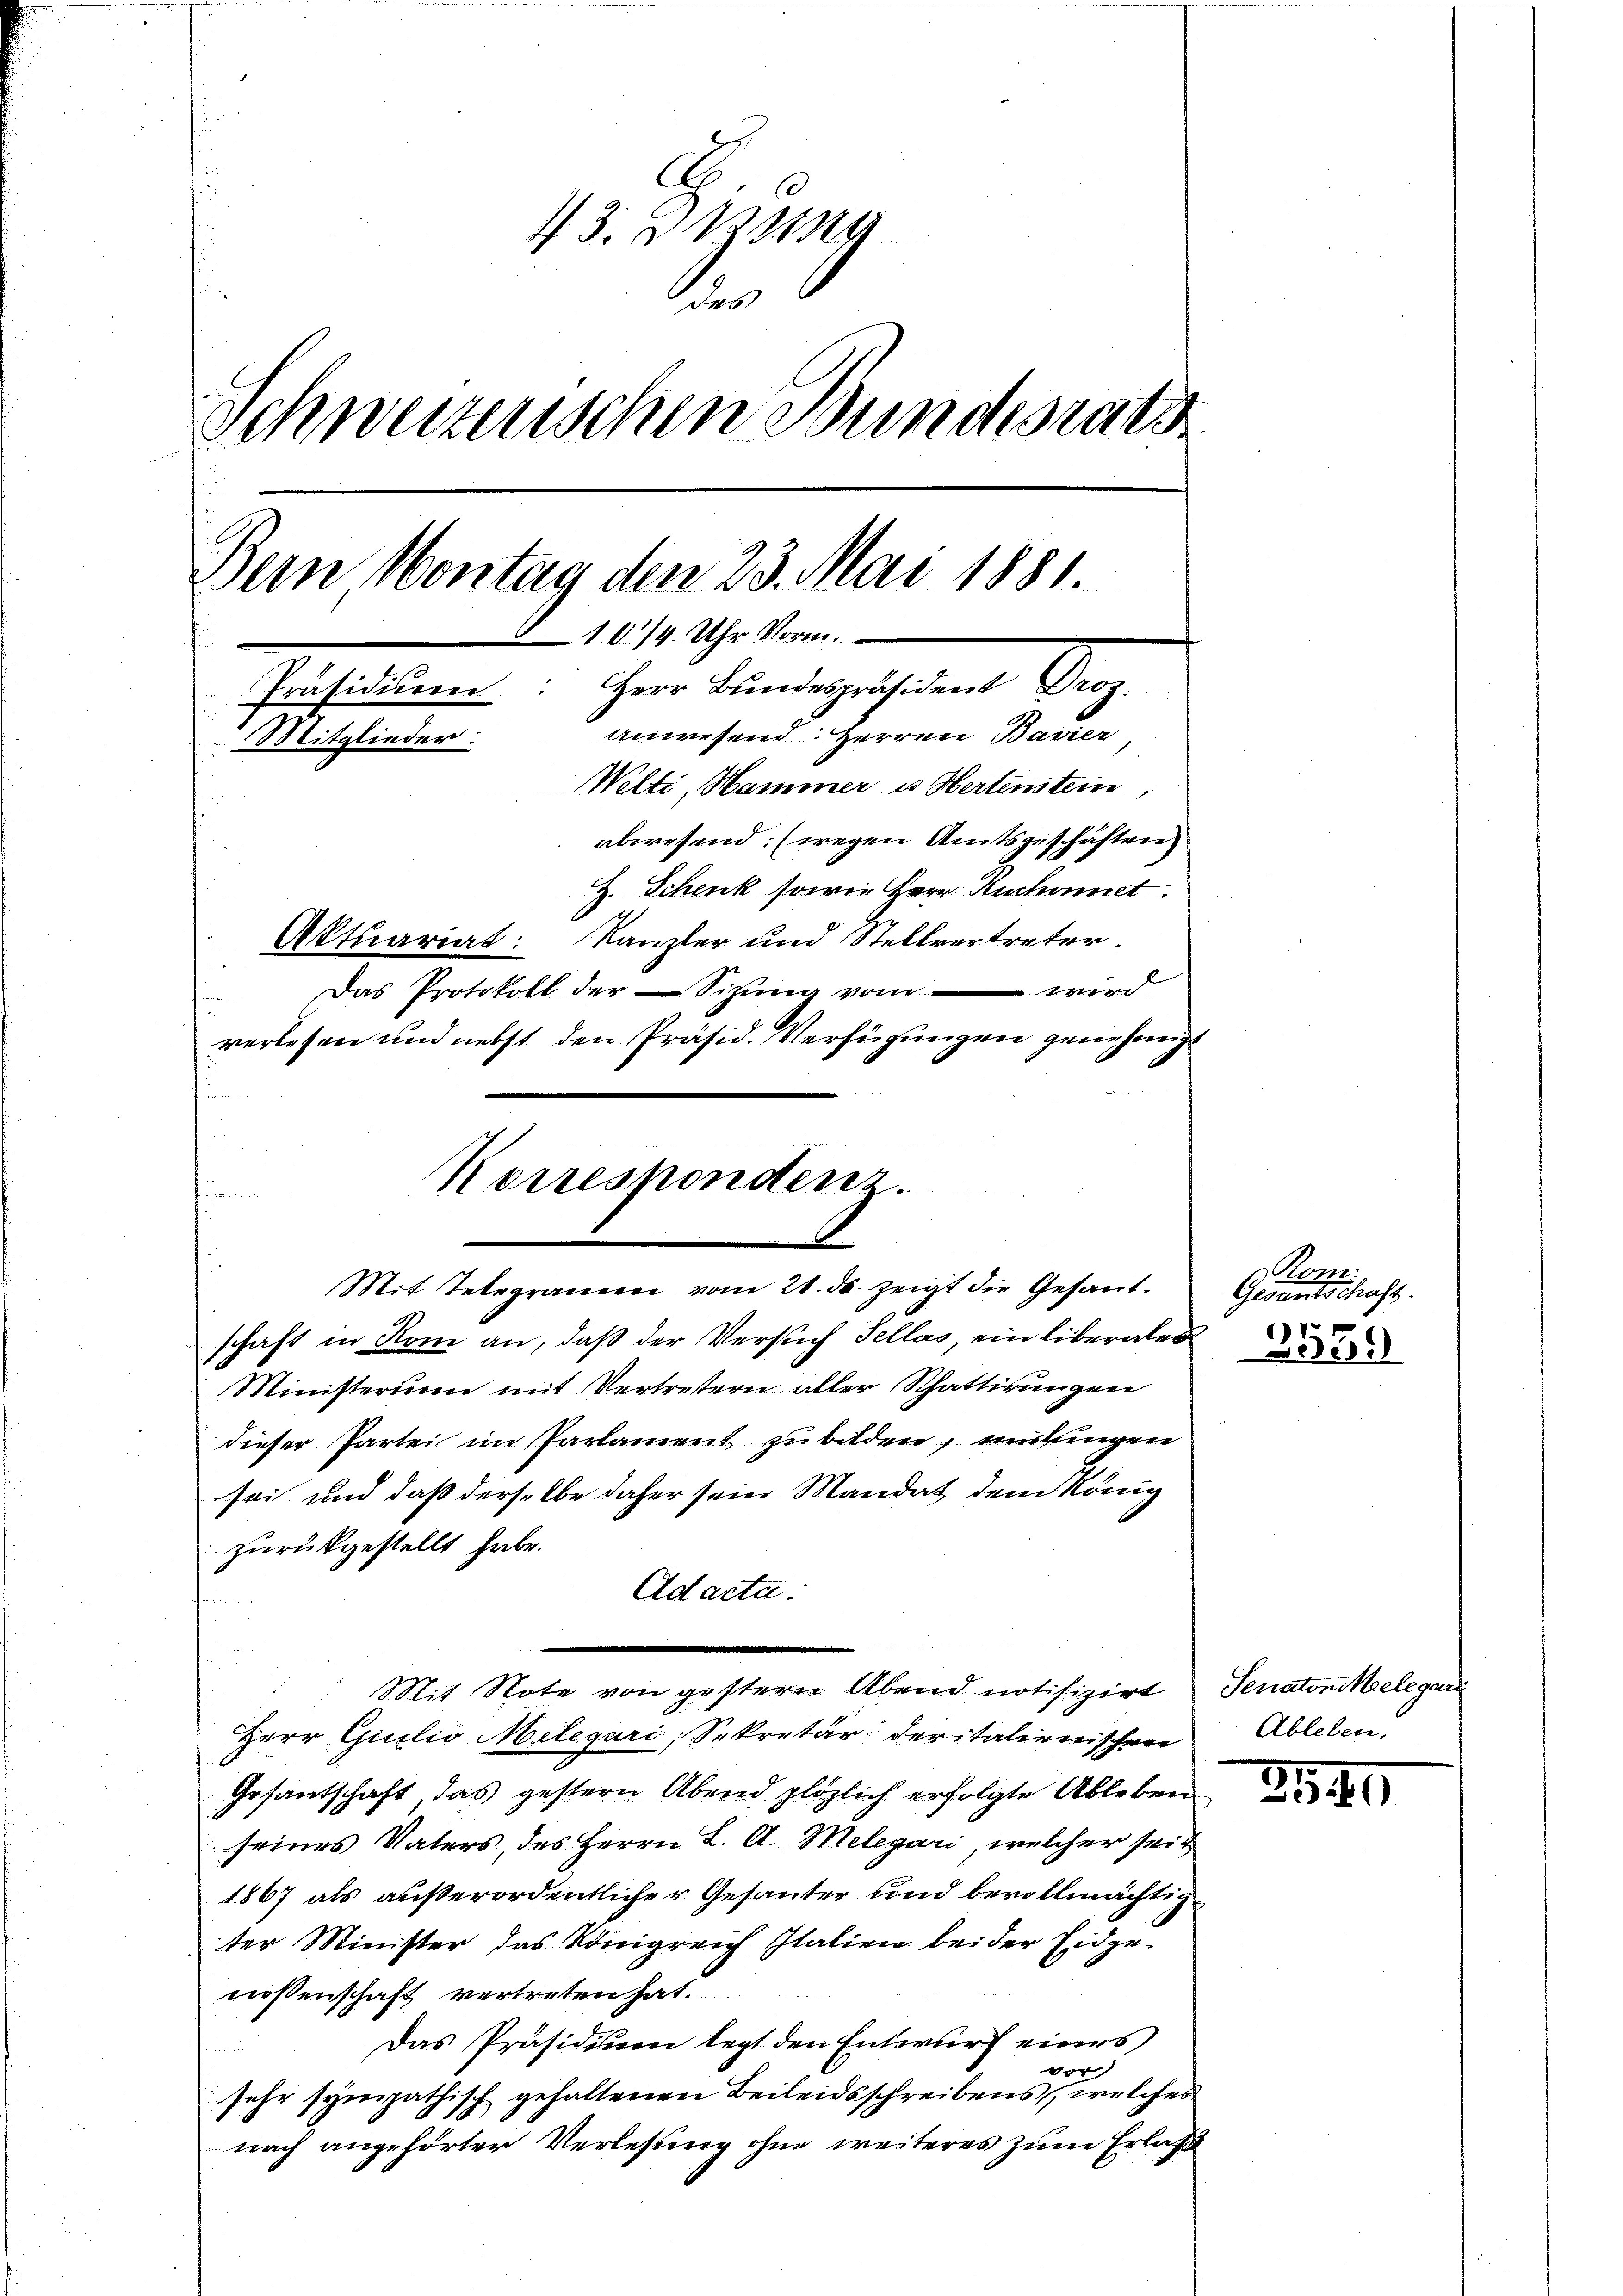
3. Das
e
Schweizerischen Bundesrats
Dein Montag den 23. Mai 1881.
10/4. Uhr Vorm.
 Herr Bundespräsident Droz.
Präsidium
anwesend: Herren Bavier
Mitglieder:
Welti, Hammer u Hertenstein
abwesend: (wegen Amtsgeschäften
Z. Schenk sowie Herr Ruchonnet
Oktuariat: Kanzler und Stellvertreter
Das Protokoll der Sitzŭng vom wird
verlesen und nebst den Präsid. Verfügungen genehmige

Korrespondenz.
Mit Telegramm vom 21. ds. zeigt die Gesant.
schaft in Rom an, daß der Versuch Sellas ein liberales

dieser Partei im Parlament zu bilden, wirkungen
sei und daß derselbe daher sein Mandat dem König
zurückgestellt habe.
Ad acta.
Herr Giulio Melegari, Sekretär der italienischen
Gesantschaft das gestern Abend plötzlich erfolgte Ableben
seines Vaters des Herrn L. A. Melegari, welcher seit
1867 als außerordentlicher Gesanter und bevollmächtig
ter Minister das Königreich Italien bei der Eidgenossenschaft vertreten hat.
Das Präsidium legt den Entwurf eines
or
sehr sympathisch gehaltenen Beileidsschreibens, welches
nach angehörter Verlesung ohne weiteres zum Erlaß

Ministerium mit Vertretern aller Schattirungen

e
Mit Note von gestern Abend notifizirt

Kom
Geventschaft.
7
2059

Senaton Seele gar
Ableben.

3540